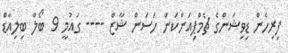
ފިރިހެން ޑިވިޝަންގެ ޗެމްޕިއަންކަން ހަސަން ޝާޒް ---- ގައުމީ 9 ބޯލް ބިލިއާޑް